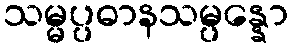
သမ္မပ္ပဓာနသမ္ပန္နော